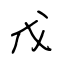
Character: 戊